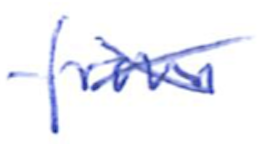
Text: from
Cross-out: cross
Writing tool: ballpoint